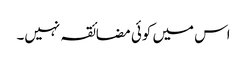
اس میں کوئی مضائقہ نہیں۔